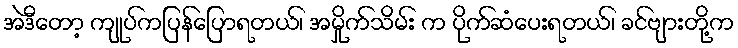
အဲဒီတော့ ကျုပ်ကပြန်ပြောရတယ်၊ အမှိုက်သိမ်း က ပိုက်ဆံပေးရတယ်၊ ခင်ဗျားတို့က